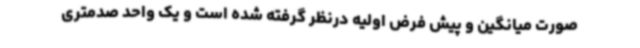
صورت میانگین و پیش فرض اولیه درنظر گرفته شده است و یک واحد صدمتری